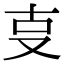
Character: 㕝